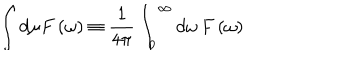
\int d \mu F \left( \omega \right) \equiv \frac { 1 } { 4 { \pi } } \int _ { 0 } ^ { \infty } d \omega \, F \left( \omega \right)